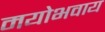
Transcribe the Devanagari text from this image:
मयोभवाय